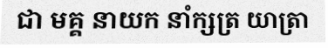
ជា មគ្គ នាយក នាំក្សត្រ យាត្រា